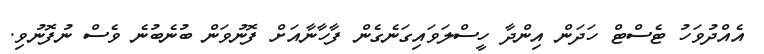
އެއްދުވަހު ޓެސްޓް ހަދަން އިންދާ ހީސްލަވައިގަނެގެން ފާހާނާއަށް ފޮނުވަން ބުނެބުނެ ވެސް ނުފޮނުވި.